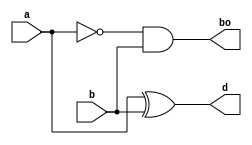
// Code your design here
module half_sub(a,b,d,bo);
input a,b;
output reg d,bo;
  
  always@(*)
    begin
   d  = a ^ b;
   bo = ~a & b;
    end
  endmodule